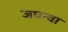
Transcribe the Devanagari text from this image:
जघन्वा